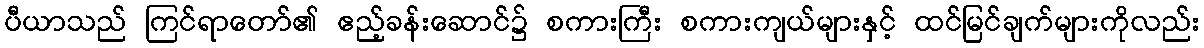
ပီယာသည် ကြင်ရာတော်၏ ဧည့်ခန်းဆောင်၌ စကားကြီး စကားကျယ်များနှင့် ထင်မြင်ချက်များကိုလည်း